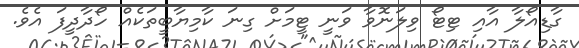
ގާޑިއޯލާ އާއި ޓިޓޯ ވިލަނޮވާ ވަނީ ޓީމަށް ގިނަ ކާމިޔާބީތަކެއް ހޯދާދީފަ އެވެ.